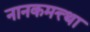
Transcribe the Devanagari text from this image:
नानकमत्त्था